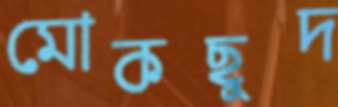
মোকছুদ